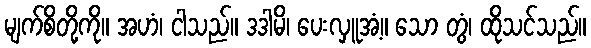
မျက်စိတို့ကို။ အဟံ၊ ငါသည်။ ဒဒါမိ၊ ပေးလှူအံ့။ သော တွံ၊ ထိုသင်သည်။